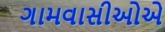
ગામવાસીઓએ